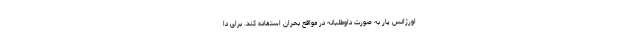
اورژانس یار به صورت داوطلبانه در مواقع بحران استفاده کند. برای دا